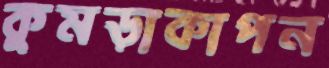
কুমড়াকাপন